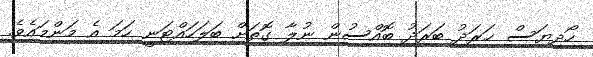
ހޯދިޔަސް ޚަރަދު ބަރަދު ބޮއްސުން ނުލާ ގޮތަށް ބަލަހައްޓަނީ ހަމަ އެ މަންމައެވެ.